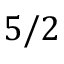
5 / 2